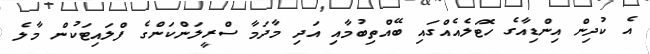
އެ ކުދިން އިންޑިއާގެ ހޮޓަލެއެއްގައި ބޭއްތިބުމާއި އަދި މާދަމާ ސްރީލަންކަންގެ ފްލައިޓަކުން މާލެ